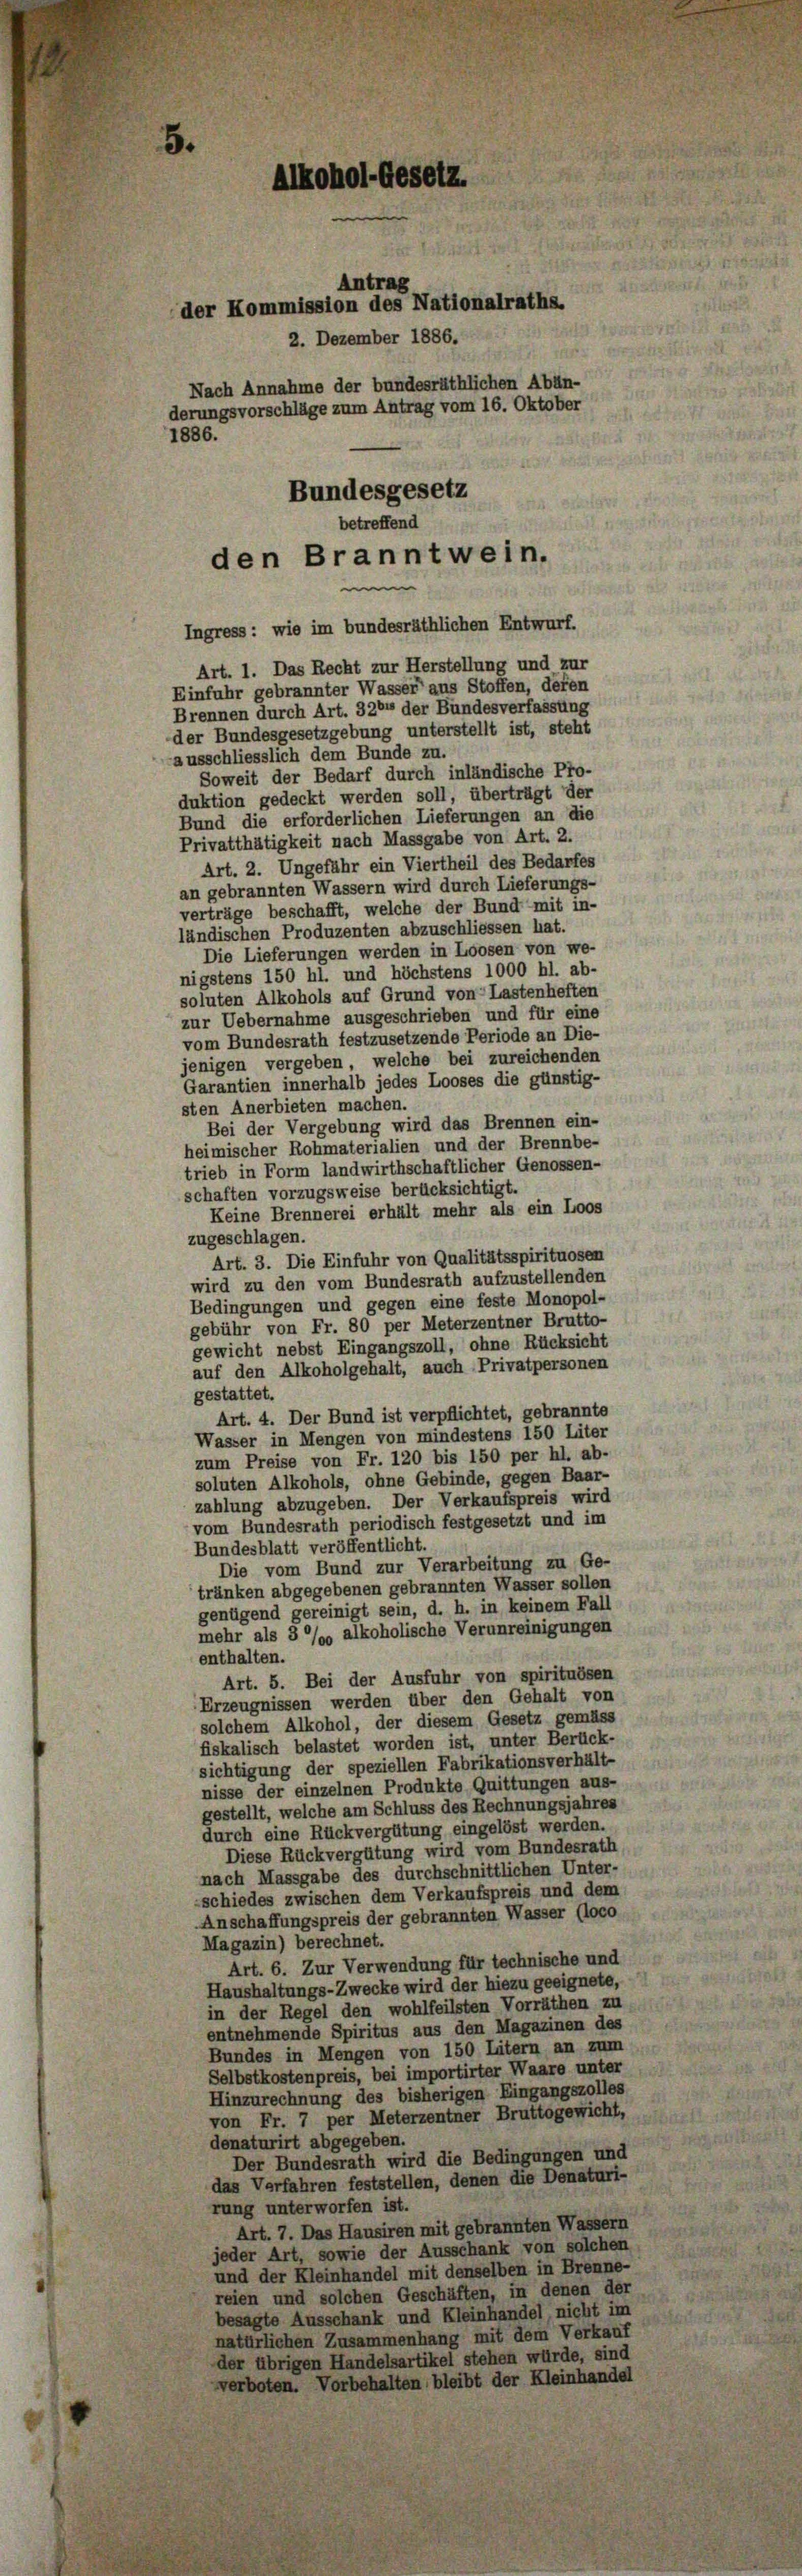
Antrag
der Kommission des Nationalraths.
2. Dezember 1886.
Nach Annahme der bundesräthlichen Abän-
derungsvorschläge zum Antrag vom 16. Oktober
1886.
Bundesgesetz
betreffend
den Branntwein.

Ingress: wie im bundesräthlichen Entwurf.
Art. 1. Das Recht zur Herstellung und zur
Einfuhr gebrannter Wasser aus Stoffen, defen
Brennen durch Art. 320 der Bundesverfassung
der Bundesgesetzgebung unterstellt ist, steht
usschliesslich dem Bunde zu.
Soweit der Bedarf durch inländische Pro-
duktion gedeckt werden soll, überträgt der
Bund die erforderlichen Lieferungen an die
Privatthätigkeit nach Massgabe von Art. 2.
Art. 2. Ungefähr ein Viertheil des Bedarfes
an gebrannten Wassern wird durch Lieferungs-
verträge beschafft, welche der Bund mit in-
ländischen Produzenten abzuschliessen hat.
Die Lieferungen werden in Loosen von we-
nigstens 150 hl. und höchstens 1000 hl. ab-
soluten Alkohols auf Grund von Lastenheften
zur Uebernahme ausgeschrieben und für eine
vom Bundesrath festzusetzende Periode an Die-
jenigen vergeben, welche bei zureichenden
Garantien innerhalb jedes Looses die günstig-
sten Anerbieten machen.
Bei der Vergebung wird das Brennen ein-
heimischer Rohmaterialien und der Brennbe-
trieb in Form landwirthschaftlicher Genossen-
schaften vorzugsweise berücksichtigt.
Keine Brennerei erhält mehr als ein Loos
zugeschlagen.
Art. 3. Die Einfuhr von Qualitätsspirituosen
wird zu den vom Bundesrath aufzustellenden
Bedingungen und gegen eine feste Monopol-
gebühr von Fr. 80 per Meterzentner Brutto-
gewicht nebst Eingangszoll, ohne Rücksicht
auf den Alkoholgehalt, auch Privatpersonen
gestattet.
Art. 4. Der Bund ist verpflichtet, gebrannte
Wasser in Mengen von mindestens 150 Lüter
zum Preise von Fr. 120 bis 150 per hl. ab-
soluten Alkohols, ohne Gebinde, gegen Baar-
zahlung abzugeben. Der Verkaufspreis wird
vom Bundesrath periodisch festgesetzt und im
Bundesblatt veröffentlicht.
Die vom Bund zur Verarbeitung zu Ge-
tränken abgegebenen gebrannten Wasser sollen
genügend gereinigt sein, d. h. in keinem Fall
mehr als 3 % alkoholische Verunreinigungen
enthalten.
Art. 5. Bei der Ausfuhr von spirituosen
Erzeugnissen werden über den Gehalt von
solchem Alkohol, der diesem Gesetz gemäss
fiskalisch belastet worden ist, unter Berück-
sichtigung der speziellen Fabrikationsverhält
nisse der einzelnen Produkte Quittungen aus-
gestellt, welche am Schluss des Rechnungsjahres
durch eine Rückvergütung eingelöst werden.
Diese Rückvergütung wird vom Bundesrath
nach Massgabe des durchschnittlichen Unter-
schiedes zwischen dem Verkaufspreis und dem
Anschaffungspreis der gebrannten Wasser (loco
Magazin) berechnet.
Art. 6. Zur Verwendung für technische und
Haushaltungs-Zwecke wird der hiezu geeignete,
in der Regel den wohlfeilsten Vorräthen zu
entnehmende Spiritus aus den Magazinen des
Bundes in Mengen von 150 Litern an zum
Selbstkostenpreis, bei importirter Waare unter
Hinzurechnung des bisherigen Eingangszolles
von Fr. 7 per Meterzentner Bruttogewicht,
denaturirt abgegeben.
Der Bundesrath wird die Bedingungen und
das Verfahren feststellen, denen die Denaturi-
rung unterworfen ist.
Art. 7. Das Hausiren mit gebrannten Wassern
jeder Art, sowie der Ausschank von solchen
und der Kleinhandel mit denselben in Brenne-
reien und solchen Geschäften, in denen der
besagte Ausschank und Kleinhandel, nicht im
natürlichen Zusammenhang mit dem Verkauf
der übrigen Handelsartikel stehen würde, sind
verboten. Vorbehalten bleibt der Kleinhandel

ol-Gesetz